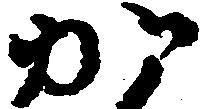
か